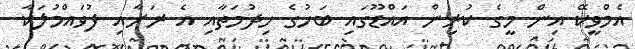
އެމްވީކޭ އިން މީގެ ކުރިން އައްޑޫގައި ބަހުގެ ހިދުމަތާއި އެ ރަށާއި ފުވައްމުލަކާ